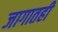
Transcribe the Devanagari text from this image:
जागातही